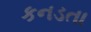
કનડતા